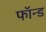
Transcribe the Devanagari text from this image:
फॉन्ड